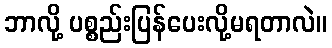
ဘာလို့ ပစ္စည်းပြန်ပေးလို့မရတာလဲ။